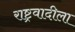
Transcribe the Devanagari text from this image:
राष्ट्रवादीला